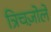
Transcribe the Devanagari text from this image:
त्रिचज़ोले